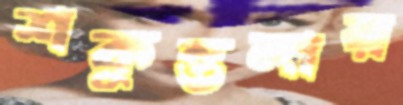
শকুন্তলায়